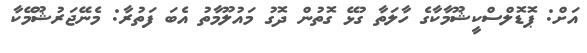
އަށް: ޕޮޑޮލްސްކީޝޫމާކާގެ ހާލަތާ ގުޅޭ ގޮތުން ދޮގު މައުލޫމާތު އެބަ ފަތުރާ: މެނޭޖަރުޝޫމޭކާ